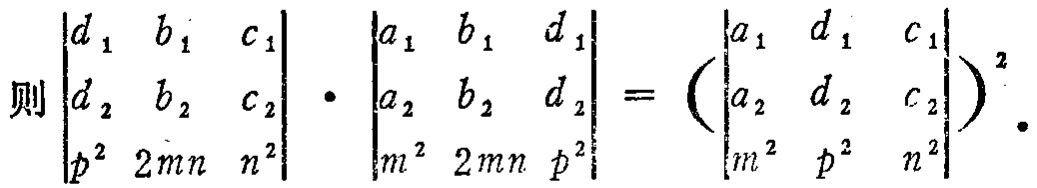
\[

\text{则}\begin{vmatrix}

d_1 & b_1 & c_1 \\

d_2 & b_2 & c_2 \\

p^2 & 2mn & n^2

\end{vmatrix}\cdot\begin{vmatrix}

a_1 & b_1 & d_1 \\

a_2 & b_2 & d_2 \\

m^2 & 2mn & p^2

\end{vmatrix}=\left(\begin{vmatrix}

a_1 & d_1 & c_1 \\

a_2 & d_2 & c_2 \\

m^2 & p^2 & n^2

\end{vmatrix}\right)^2.

\]